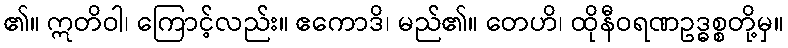
၏။ ဣတိဝါ၊ ကြောင့်လည်း။ ဧကောဒိ၊ မည်၏။ တေဟိ၊ ထိုနီဝရဏဥဒ္ဓစ္စတို့မှ။